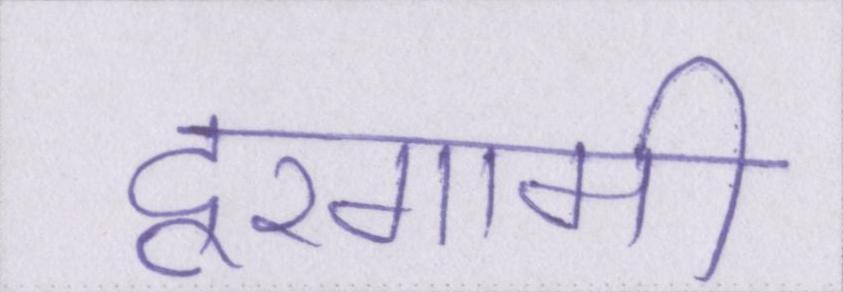
दूरगामी